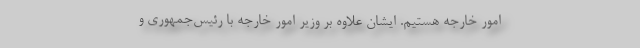
امور خارجه هستیم. ایشان علاوه بر وزیر امور خارجه با رئیس‌جمهوری و